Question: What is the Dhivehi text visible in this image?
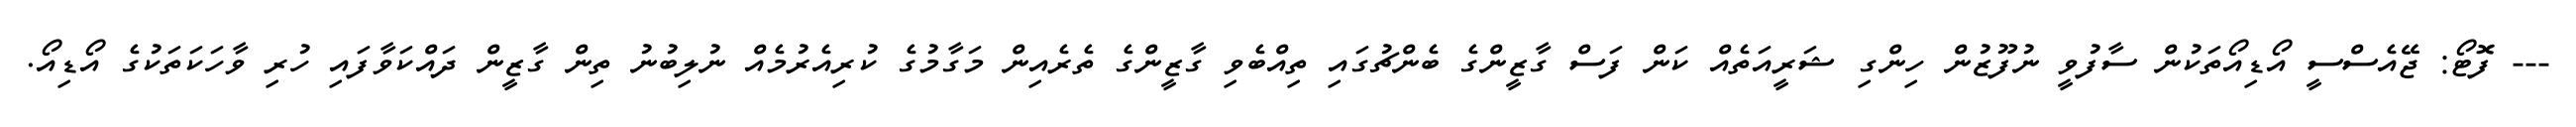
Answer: --- ފޮޓޯ: ޖޭއެސްސީ އޯޑިއޯތަކުން ސާފުވީ ނުފޫޒުން ހިންގި ޝަރީއަތެއް ކަން ފަސް ގާޒީންގެ ބެންޗުގައި ތިއްބެވި ގާޒީންގެ ތެރެއިން މަގާމުގެ ކުރިއެރުމެއް ނުލިބުނު ތިން ގާޒީން ދައްކަވާފައި ހުރި ވާހަކަތަކުގެ އޯޑިއޯ.